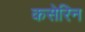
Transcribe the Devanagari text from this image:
कसेरिन